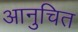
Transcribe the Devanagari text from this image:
आनुचित